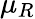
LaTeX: \mu_{R}